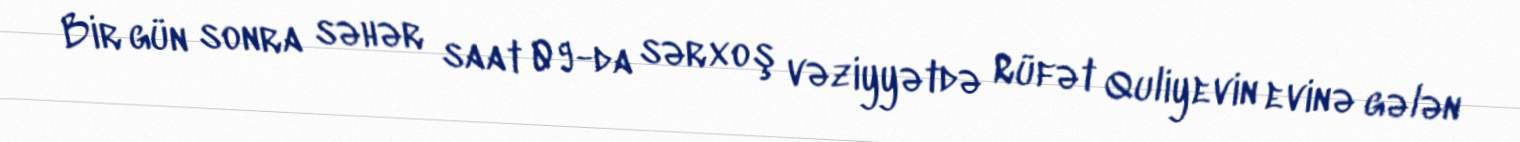
Bir gün sonra səhər saat 09-da sərxoş vəziyyətdə Rüfət Quliyevin evinə gələn